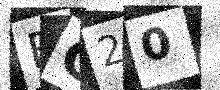
Text: FG20